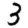
Digit: 3